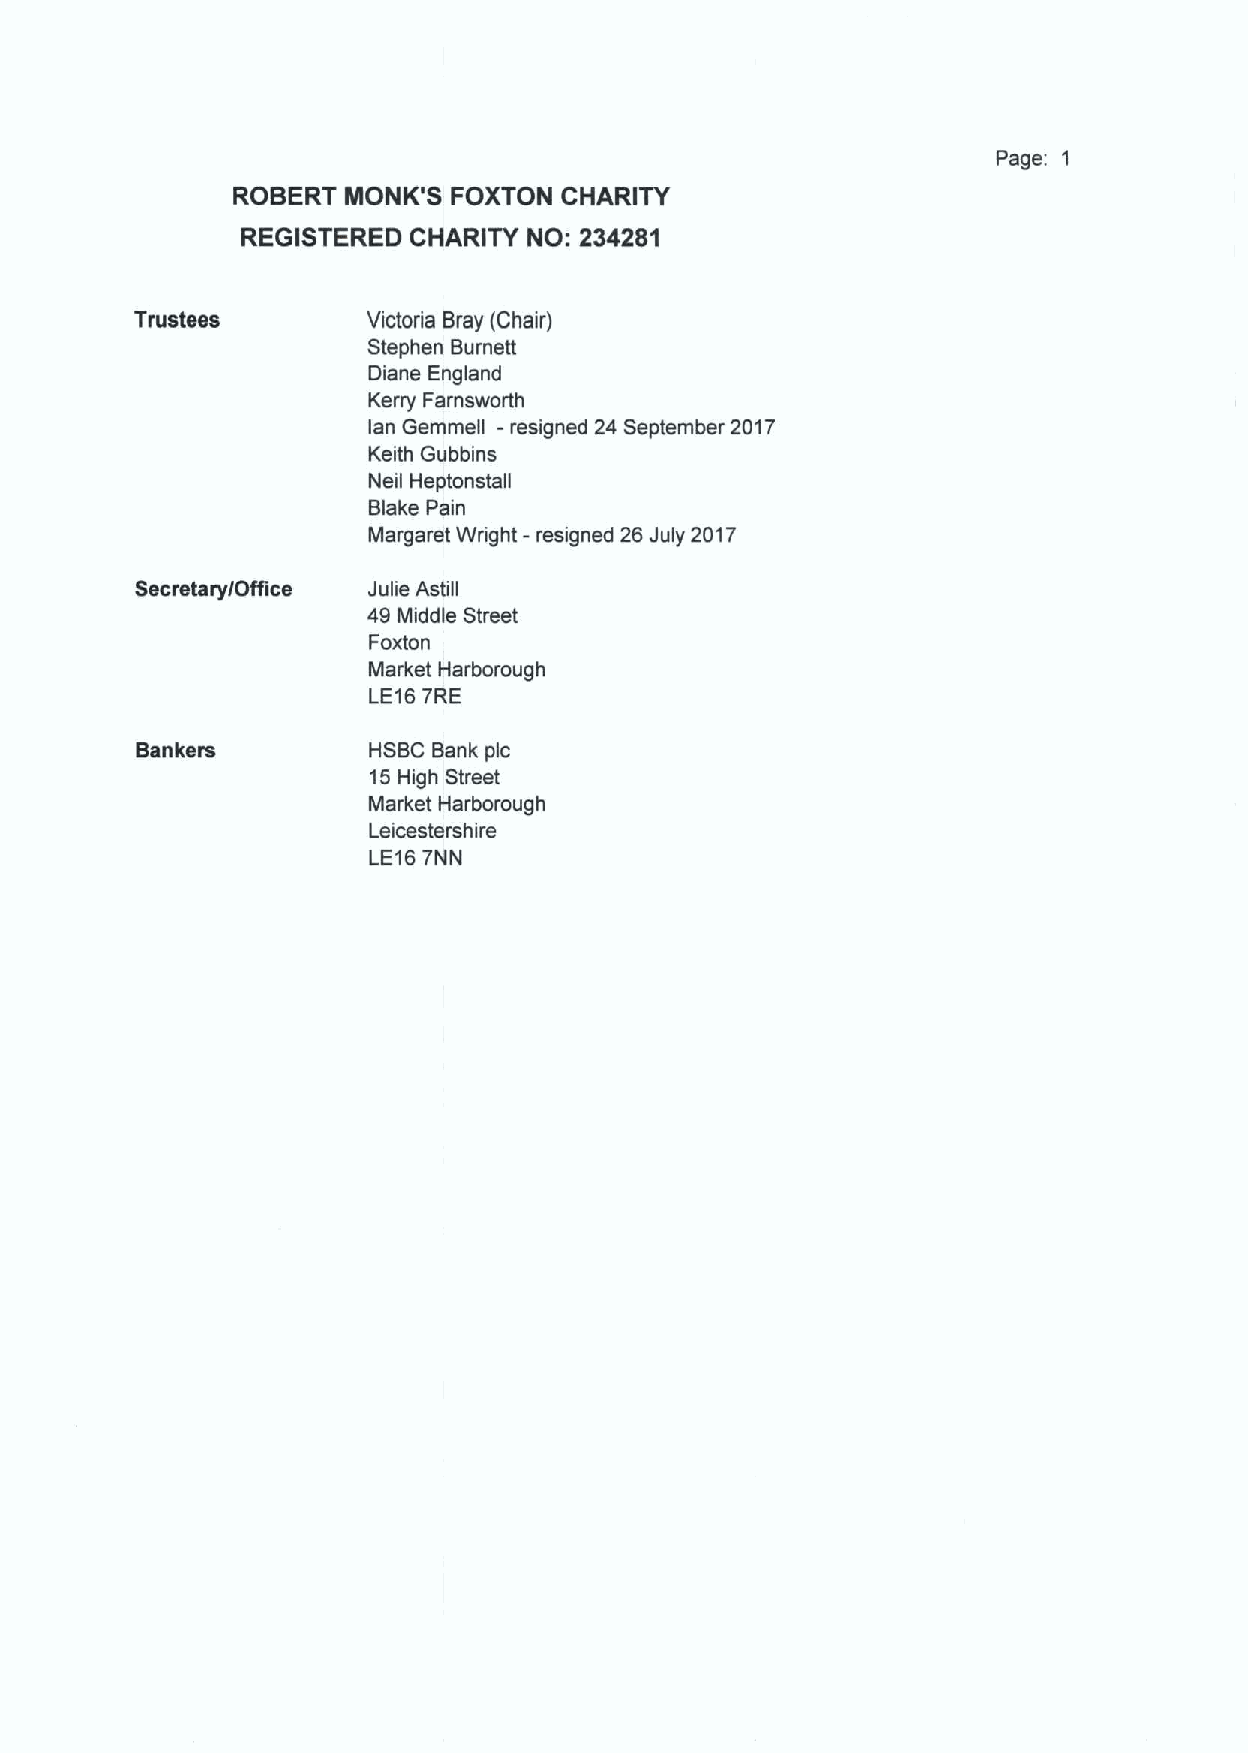
Page: 1
 ROBERT  MONK'S FOXTON CHARITY
 REGISTERED CHARITY NO: 234281
 Trustees       Victoria Bray (Chair)
 Stephen Burnett
 Diane England
 Kerry Farnsworth
 lan Gemmell - resigned 24 September 2017
 Keith Gubbins
 Neil Heptonstall
 Blake Pain
 Margaret Wright - resigned 26 July 2017
 Secretary/Office Julia Astill
 49 Middle Street
 Foxton
 Market Harborough
 LE167RE
 Bankers        HSBC Bank pic
 15High Street
 Market Harborough
 Leicestera hire
 LE167NN